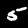
Digit: 5